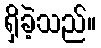
ရှိခဲ့သည်။